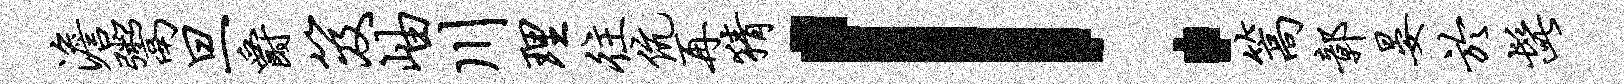
澹鬻旦爵笈岫川理往伉再猜！篙鄣晏於髭